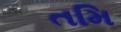
તમિ